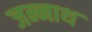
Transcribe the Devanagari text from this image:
जन्नाथ